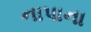
નાપાના